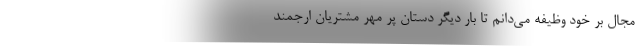
مجال بر خود وظیفه می‌دانم تا بار دیگر دستان پر مهر مشتریان ارجمند